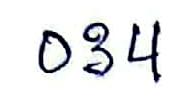
034